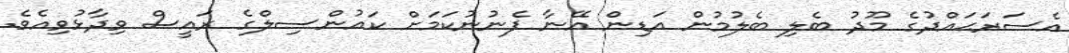
އެސަރަޙައްދުގެ މޫދު ބެލި ބެލުމުން އަޑިން އޭނާ ފެނުނުކަމަށް ކައުންސިލްގެ ރައީސް ވިދާޅުވިއެވެ.